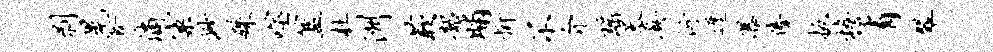
剥晃食滴窠渺殊噬簋杜洲蔌韶晡忻不介瑶天真衍迓瀑俸扳檐有翠